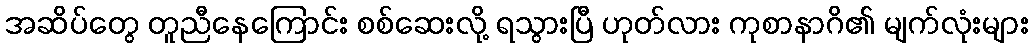
အဆိပ်တွေ တူညီနေကြောင်း စစ်ဆေးလို့ ရသွားပြီ ဟုတ်လား ကုစာနာဂိ၏ မျက်လုံးများ